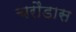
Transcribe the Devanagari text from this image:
चरौंडास